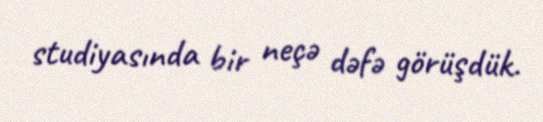
studiyasında bir neçə dəfə görüşdük.